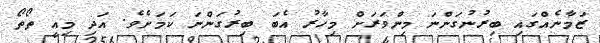
ޒަމާނެއްގައި ބިރުނުގަންނަ މިންވަރަށް މިހާރު އެބަ ބިރުގަންނަ ކަމަށެވެ. އަދި މިއީ ތޯތޯ